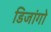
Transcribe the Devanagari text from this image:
डिजांगो